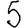
Digit: 5